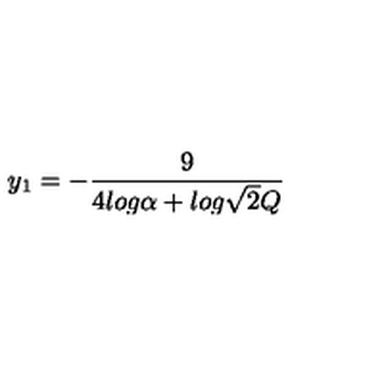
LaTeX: y _ { 1 } = - \frac { 9 } { 4 l o g \alpha + l o g \sqrt { 2 } Q }